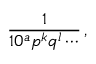
{ \frac { 1 } { 1 0 ^ { a } p ^ { k } q ^ { l } \cdots } } \, ,